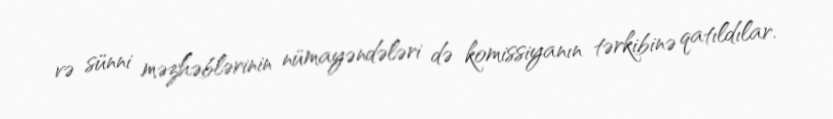
və sünni məzhəblərinin nümayəndələri də komissiyanın tərkibinə qatıldılar.